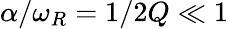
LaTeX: \alpha/\omega_{R}=1/2Q\ll 1